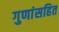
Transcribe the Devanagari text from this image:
गुणांसहित